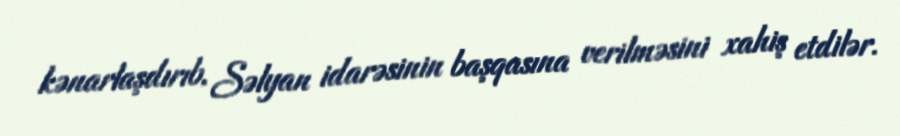
kənarlaşdırıb, Səlyan idarəsinin başqasına verilməsini xahiş etdilər.